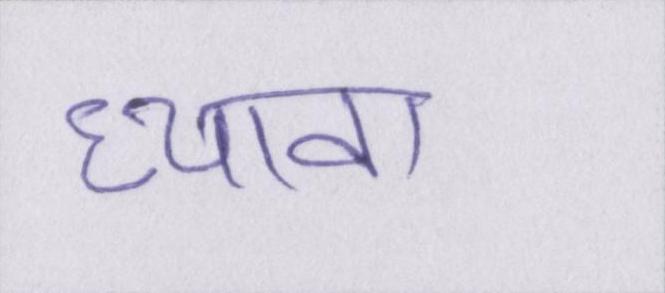
ध्यावा